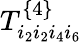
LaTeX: T_{i_{2}i_{2}i_{4}i_{6}}^{\{ 4\} }